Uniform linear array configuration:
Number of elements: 64
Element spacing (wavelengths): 0.25
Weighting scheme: binomial
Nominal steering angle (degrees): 15
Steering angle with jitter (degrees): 14.165
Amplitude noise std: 0.05
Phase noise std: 0.05

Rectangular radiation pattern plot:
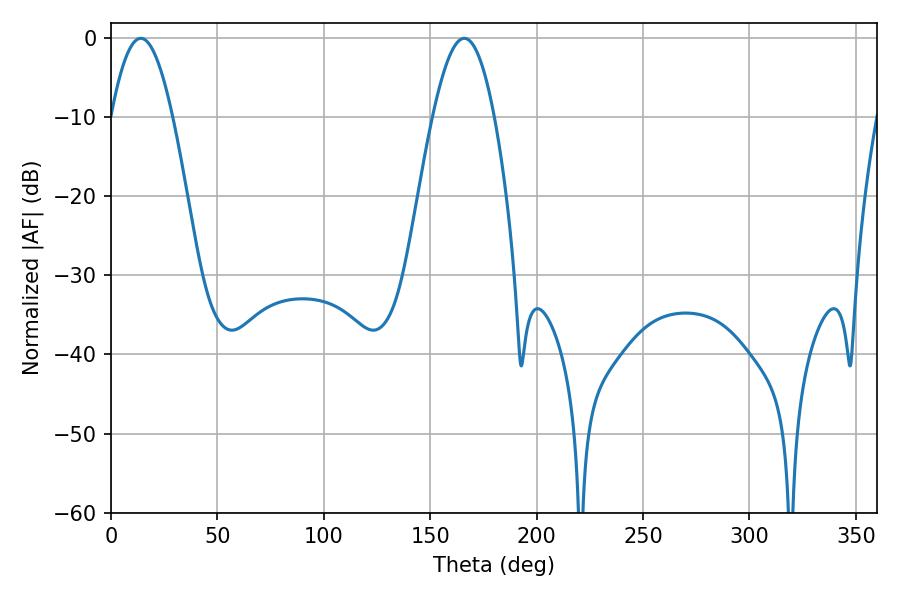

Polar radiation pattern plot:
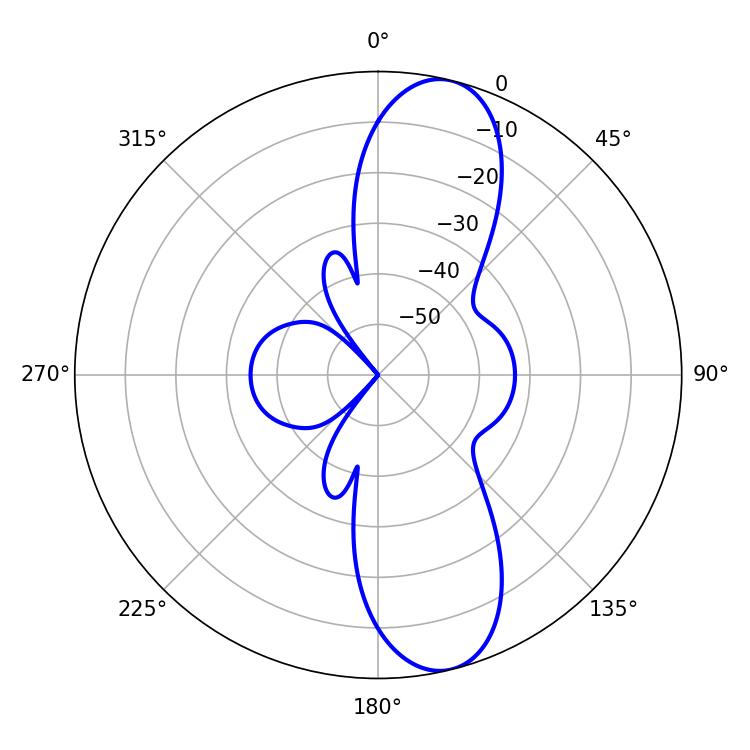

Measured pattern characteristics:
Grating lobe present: FALSE
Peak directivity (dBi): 11.379
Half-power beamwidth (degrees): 15.66
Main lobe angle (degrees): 14.04